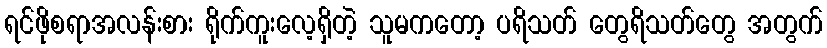
ရင်ဖိုစရာအလန်းစား ရိုက်ကူးလေ့ရှိတဲ့ သူမကတော့ ပရိသတ် တွေရိသတ်တွေ အတွက်